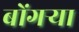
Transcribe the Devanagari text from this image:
बोंगऱ्या